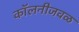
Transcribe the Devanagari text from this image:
कॉलनीजवळ